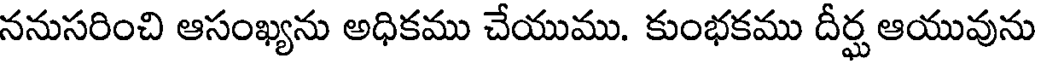
ననుసరించి ఆసంఖ్యను అధికము చేయుము. కుంభకము దీర్ఘ ఆయువును